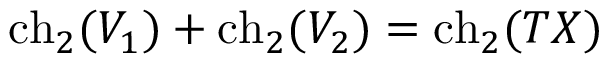
\mathrm { c h } _ { 2 } ( V _ { 1 } ) + \mathrm { c h } _ { 2 } ( V _ { 2 } ) = \mathrm { c h } _ { 2 } ( T X )